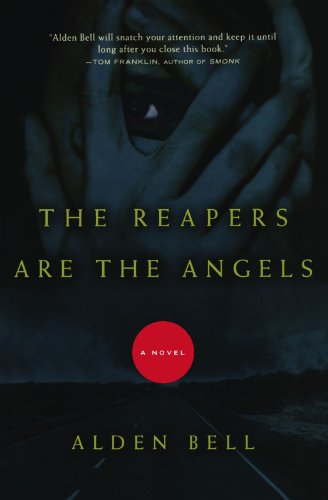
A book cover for The Reapers Are the Angels: A Novel; Alden Bell; Mystery, Thriller & Suspense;